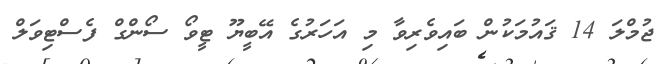
ޖުމްލަ 14 ޤައުމަކުން ބައިވެރިވާ މި އަހަރުގެ އޭބީޔޫ ޓީވޯ ސޯންގް ފެސްޓިވަލް